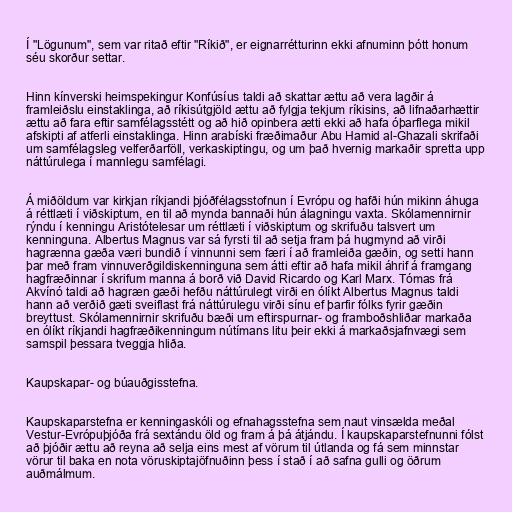
Í "Lögunum", sem var ritað eftir "Ríkið", er eignarrétturinn ekki afnuminn þótt honum
séu skorður settar.

Hinn kínverski heimspekingur Konfúsíus taldi að skattar ættu að vera lagðir á
framleiðslu einstaklinga, að ríkisútgjöld ættu að fylgja tekjum ríkisins, að lifnaðarhættir
ættu að fara eftir samfélagsstétt og að hið opinbera ætti ekki að hafa óþarflega mikil
afskipti af atferli einstaklinga. Hinn arabíski fræðimaður Abu Hamid al-Ghazali skrifaði
um samfélagsleg velferðarföll, verkaskiptingu, og um það hvernig markaðir spretta upp
náttúrulega í mannlegu samfélagi.

Á miðöldum var kirkjan ríkjandi þjóðfélagsstofnun í Evrópu og hafði hún mikinn áhuga
á réttlæti í viðskiptum, en til að mynda bannaði hún álagningu vaxta. Skólamennirnir
rýndu í kenningu Aristótelesar um réttlæti í viðskiptum og skrifuðu talsvert um
kenninguna. Albertus Magnus var sá fyrsti til að setja fram þá hugmynd að virði
hagrænna gæða væri bundið í vinnunni sem færi í að framleiða gæðin, og setti hann
þar með fram vinnuverðgildiskenninguna sem átti eftir að hafa mikil áhrif á framgang
hagfræðinnar í skrifum manna á borð við David Ricardo og Karl Marx. Tómas frá
Akvínó taldi að hagræn gæði hefðu náttúrulegt virði en ólíkt Albertus Magnus taldi
hann að verðið gæti sveiflast frá náttúrulegu virði sínu ef þarfir fólks fyrir gæðin
breyttust. Skólamennirnir skrifuðu bæði um eftirspurnar- og framboðshliðar markaða
en ólíkt ríkjandi hagfræðikenningum nútímans litu þeir ekki á markaðsjafnvægi sem
samspil þessara tveggja hliða.

Kaupskapar- og búauðgisstefna.

Kaupskaparstefna er kenningaskóli og efnahagsstefna sem naut vinsælda meðal
Vestur-Evrópuþjóða frá sextándu öld og fram á þá átjándu. Í kaupskaparstefnunni fólst
að þjóðir ættu að reyna að selja eins mest af vörum til útlanda og fá sem minnstar
vörur til baka en nota vöruskiptajöfnuðinn þess í stað í að safna gulli og öðrum
auðmálmum.